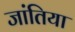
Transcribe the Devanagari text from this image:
जांतिया